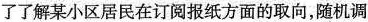
了了解某小区居民在订阅报纸方面的取向，随机调